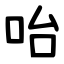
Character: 咍